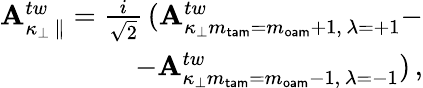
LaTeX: \begin{array}{r}{{\mathbf A}_{\kappa_{\perp}\, \parallel}^{tw}=\frac{i}{\sqrt{2}}\, ({\mathbf A}_{\kappa_{\perp}m_{\mathsf{tam}}=m_{\mathsf{oam}}+1,\, \lambda=+1}^{tw}-}\\ {-{\mathbf A}_{\kappa_{\perp}m_{\mathsf{tam}}=m_{\mathsf{oam}}-1,\, \lambda=-1}^{tw})\, ,}\end{array}